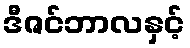
ဒီဇင်ဘာလနှင့်